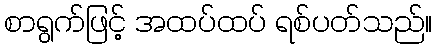
စာရွက်ဖြင့် အထပ်ထပ် ရစ်ပတ်သည်။